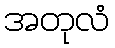
အတုလံ